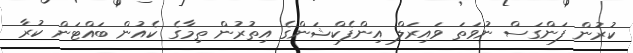
ކުރުން ފަންގަސް ނުވަތަ ވައިރަލް އިންފެކްޝަންގެ އިތުރުން ތިމާގެ ކެއުން ބައްޓަން ކުރާ